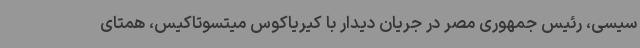
سیسی، رئیس جمهوری مصر در جریان دیدار با کیریاکوس میتسوتاکیس، همتای